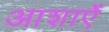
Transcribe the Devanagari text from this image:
आशाऐं